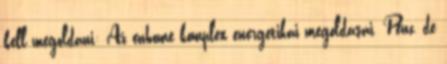
kell megoldani: Az enhome komplex energetikai megoldásai. Pénz, de